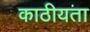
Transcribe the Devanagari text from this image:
काठीयता